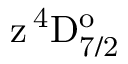
\mathrm { z \, ^ { 4 } D _ { 7 / 2 } ^ { o } }